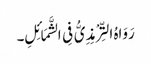
رَوَاہُ التِّرْمِذِیُّ فِی الشَّمَائِلِ۔